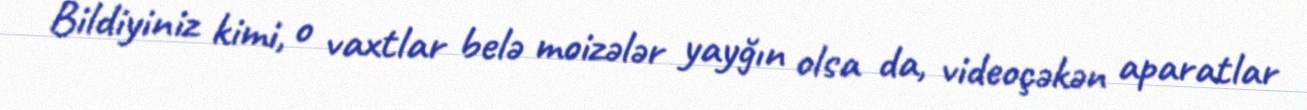
Bildiyiniz kimi, o vaxtlar belə moizələr yayğın olsa da, videoçəkən aparatlar